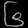
Digit: ၆